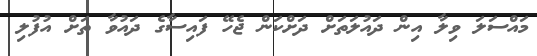
މައްސަލަ ވިލާ އިން ދައުލަތަށް ދަށްކަން ޖެހޭ ފައިސާގެ ދައުވާ ތަށް އުފުލި